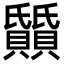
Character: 𬥰